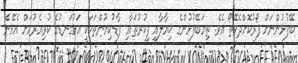
ބޭފުޅުންނަށް ފޯރުކޮށްދެވޭތޯ އެވެ. ތިޔަބޭފުޅުންގެ ޚިޔާލާއި ފިކުރުތަކާއި ފާޑުކިޔުންތަކަކީ އަޅުގަނޑުގެ ކުރިއެރުމަށް އެޅޭނެ